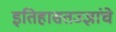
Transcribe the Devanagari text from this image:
इतिहासतज्ज्ञांचे